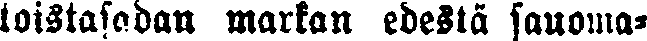
laistasadan markan edestä sanoma-